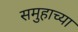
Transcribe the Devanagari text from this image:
समुहाच्या